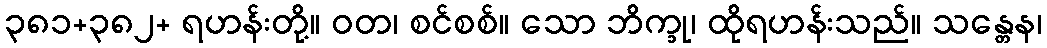
၃၈၁+၃၈၂+ ရဟန်းတို့။ ဝတ၊ စင်စစ်။ သော ဘိက္ခု၊ ထိုရဟန်းသည်။ သန္တေန၊